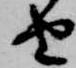
由